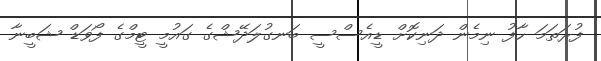
ފުރަތަމަ ހާފު ނިމެން ދަނިކޮށް ޑީއެސްސީ ބަނގުލަދޭޝްގެ ގައުމީ ޓީމްގެ ފޯވަޑް ޝަބީނާ